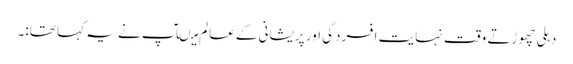
دہلی چھوڑتے وقت نہایت افسردگی اور پریشانی کے عالم میںآپ نے یہ کہا تھا:۔